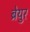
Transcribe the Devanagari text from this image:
ब्रेयुर